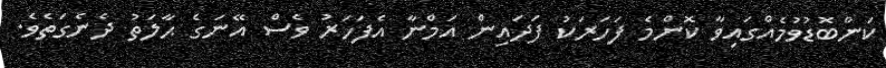
ކަންބޮޑުވުމެއްގައިވާ ކޮންމެ ފަހަރަކު ފަދައިން އަމްނާ އެފަހަރު ވެސް އޭނަގެ ޙާލަތު ދެނެގަތެވެ.